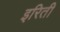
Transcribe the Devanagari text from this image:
इरिती